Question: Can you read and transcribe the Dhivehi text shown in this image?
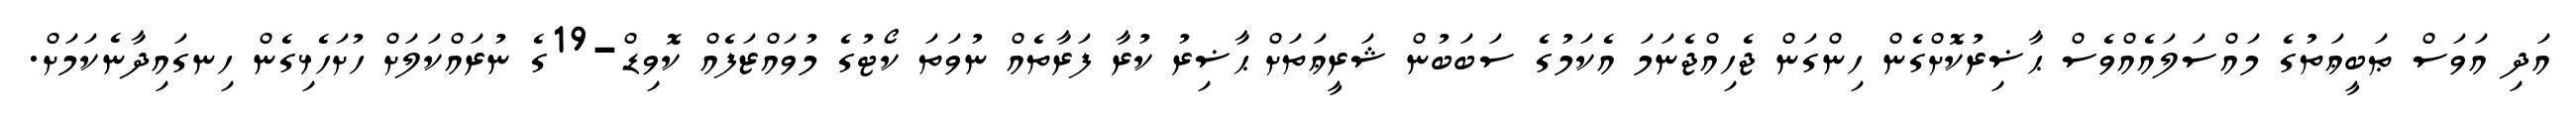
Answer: އަދި އަވަސް ޠަބީޢަތުގެ މައްސަލައެއްވެސް ޙާޟިރުކޮށްގެން ހިންގަން ޖެހިއްޖެނަމަ އެކަމުގެ ސަބަބުން ޝަރީޢަތަށް ޙާޟިރު ކުރާ ފަރާތެއް ނުވަތަ ކޯޓުގެ މުވައްޒަފެއް ކޮވިޑް-19ގެ ނުރައްކަލަށް ހުށަހެޅިގެން ހިނގައިދާނެކަމަށް.